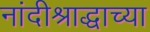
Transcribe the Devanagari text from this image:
नांदीश्राद्धाच्या